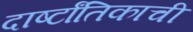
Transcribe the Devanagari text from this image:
दार्ष्टांतिकाची